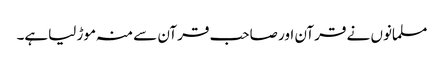
مسلمانوں نے قرآن اور صاحب قرآن سے منہ موڑ لیاہے۔